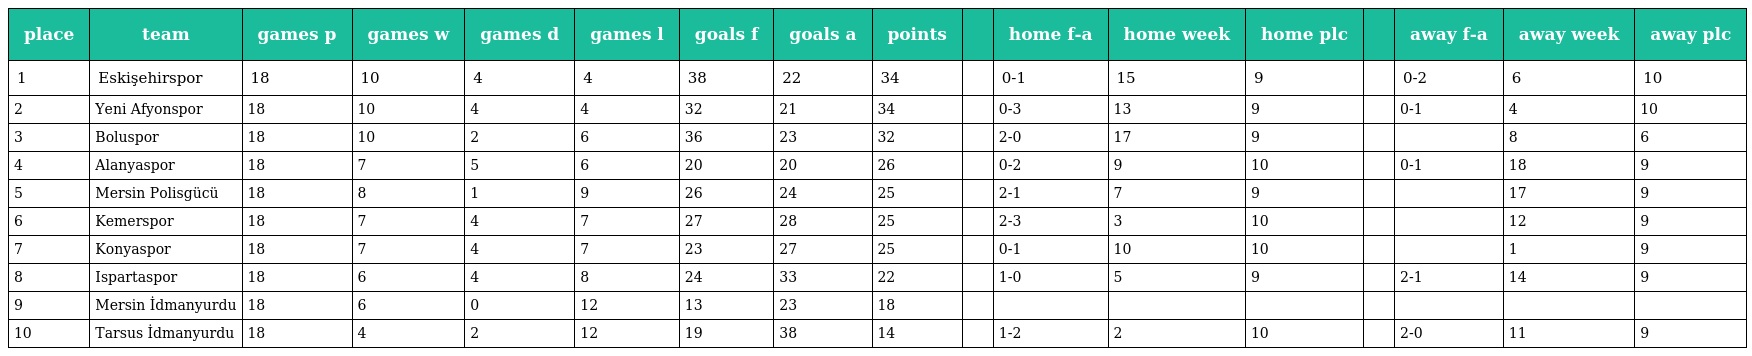
| place | team | games p | games w | games d | games l | goals f | goals a | points |  | home f-a | home week | home plc |  | away f-a | away week | away plc |
 | --- | --- | --- | --- | --- | --- | --- | --- | --- | --- | --- | --- | --- | --- | --- | --- | --- |
 | 1 | Eskişehirspor | 18 | 10 | 4 | 4 | 38 | 22 | 34 |  | 0-1 | 15 | 9 |  | 0-2 | 6 | 10 |
 | 2 | Yeni Afyonspor | 18 | 10 | 4 | 4 | 32 | 21 | 34 |  | 0-3 | 13 | 9 |  | 0-1 | 4 | 10 |
 | 3 | Boluspor | 18 | 10 | 2 | 6 | 36 | 23 | 32 |  | 2-0 | 17 | 9 |  |  | 8 | 6 |
 | 4 | Alanyaspor | 18 | 7 | 5 | 6 | 20 | 20 | 26 |  | 0-2 | 9 | 10 |  | 0-1 | 18 | 9 |
 | 5 | Mersin Polisgücü | 18 | 8 | 1 | 9 | 26 | 24 | 25 |  | 2-1 | 7 | 9 |  |  | 17 | 9 |
 | 6 | Kemerspor | 18 | 7 | 4 | 7 | 27 | 28 | 25 |  | 2-3 | 3 | 10 |  |  | 12 | 9 |
 | 7 | Konyaspor | 18 | 7 | 4 | 7 | 23 | 27 | 25 |  | 0-1 | 10 | 10 |  |  | 1 | 9 |
 | 8 | Ispartaspor | 18 | 6 | 4 | 8 | 24 | 33 | 22 |  | 1-0 | 5 | 9 |  | 2-1 | 14 | 9 |
 | 9 | Mersin İdmanyurdu | 18 | 6 | 0 | 12 | 13 | 23 | 18 |  |  |  |  |  |  |  |  |
 | 10 | Tarsus İdmanyurdu | 18 | 4 | 2 | 12 | 19 | 38 | 14 |  | 1-2 | 2 | 10 |  | 2-0 | 11 | 9 |